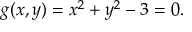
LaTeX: g ( x , y ) = x ^ { 2 } + y ^ { 2 } - 3 = 0 .